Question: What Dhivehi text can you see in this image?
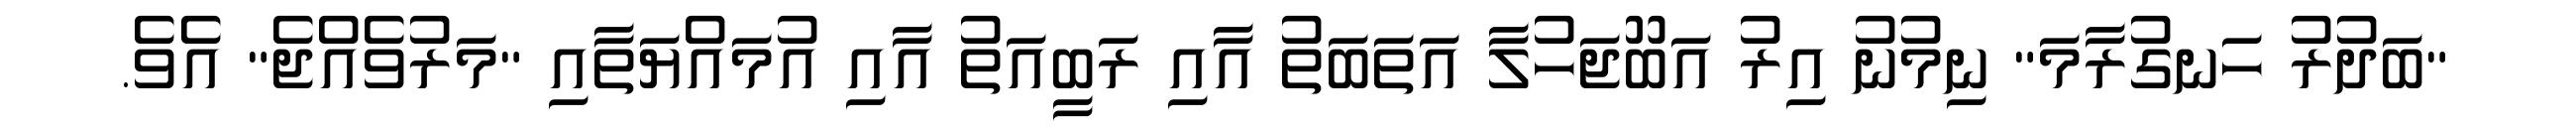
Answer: "ބަދުރު ހަނގުރާމަ" ނިމުނު އިރު އަބޫޖަހުލާ އަތަބަތު އާއި ރަބީއަތު އާއި އުމައްޔަތާއި "މަރުވެއްޖެ" އެވެ.